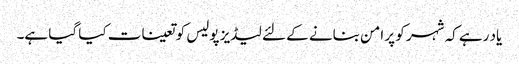
یاد رہے کہ شہر کو پر امن بنانے کے لئے لیڈیز پولیس کو تعینات کیا گیا ہے۔